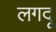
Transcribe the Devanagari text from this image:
लगदू